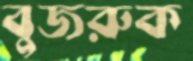
বুজরুক